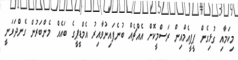
މިކަމާއި ގުޅިގެން ޕީޕީއެމްއިން ރަސްމީކޮށް އެއްޗެއް ބުނެފައިނުވާއިރު އެމްޑީޕީގެ ބައެއް މެންބަރުން ގެންދަވަނީ